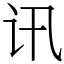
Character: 讯